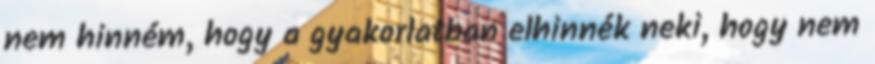
nem hinném, hogy a gyakorlatban elhinnék neki, hogy nem